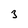
Character: 3